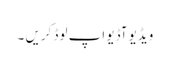
ویڈیو آڈیو اپ لوڈ کریں ۔